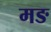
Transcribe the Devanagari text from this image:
मङ